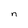
Character: n